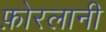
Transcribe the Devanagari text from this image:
फ़ोरलानी